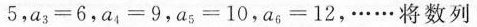
5$$，$$a _ { 3 } = 6$$，$$a _ { 4 } = 9$$，$$a _ { 5 } = 1 0$$，$$a _ { 6 } = 1 2$$，……将数列